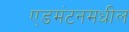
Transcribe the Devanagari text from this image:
एडमंटनमधील